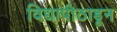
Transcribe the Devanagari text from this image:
विद्यापीठाडून